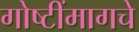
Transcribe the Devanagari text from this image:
गोष्टींमागचे